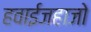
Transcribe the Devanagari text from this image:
हवाईजहाजो